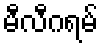
မီလီဂရမ်